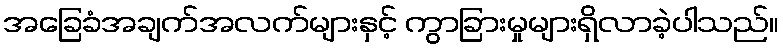
အခြေခံအချက်အလက်များနှင့် ကွာခြားမှုများရှိလာခဲ့ပါသည်။